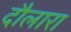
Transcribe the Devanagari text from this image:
दौलारा